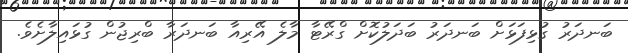
ބަނދަރު ގުޅިފަޅަށް ބަނދަރު ބަދަލުކޮށް ގްރޭޓާ މާލެ އޭރިއާ ބަނދަރާ ބްރިޖުން ގުޅައިލާށެވެ.